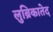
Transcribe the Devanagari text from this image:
लुब्रिकातेद